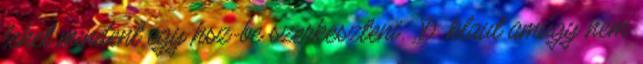
lehet mindent egy hsz-be szerkeszteni. :D .klaut amúgy nem